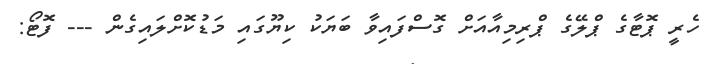
ހެރީ ޕޮޓާގެ ޕްލޭގެ ޕްރިމިއާއަށް ގޮސްފައިވާ ބަޔަކު ކިޔޫގައި މަޑުކޮށްލައިގެން --- ފޮޓޯ: